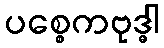
ပစ္စေကဗုဒ္ဓါ